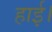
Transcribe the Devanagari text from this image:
हाई।